Indian journal of veterinary science and animal husbandry - Volumes 15-17, 1948-1951
Year: 1948
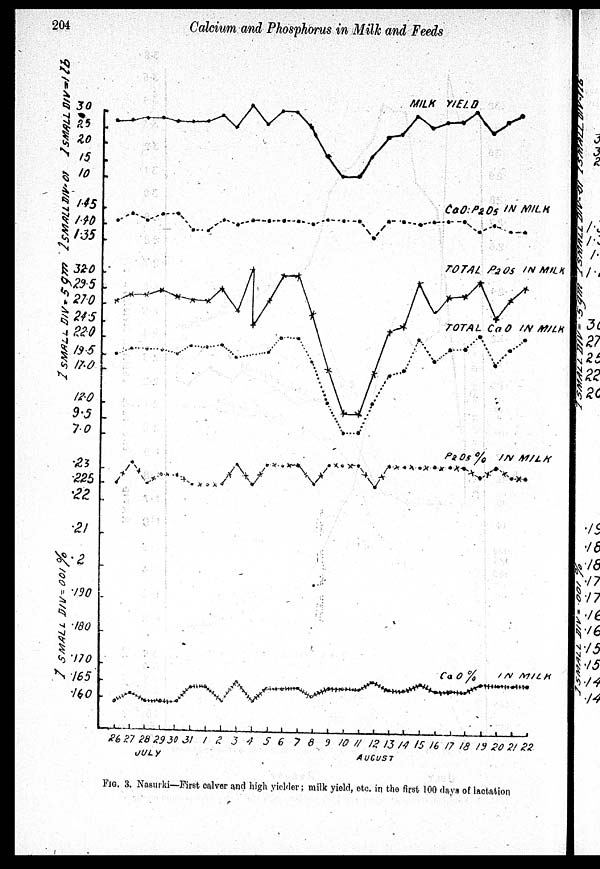
204
Calcium and Phosphorus in Milk and Feeds
FIG. 3. Nasurki—First calver and high yielder ; milk yield, etc. in the first 100 days of lactation